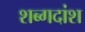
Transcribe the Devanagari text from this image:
शब्गदांश